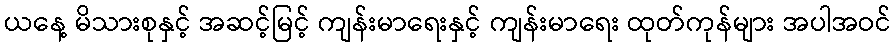
ယနေ့ မိသားစုနှင့် အဆင့်မြင့် ကျန်းမာရေးနှင့် ကျန်းမာရေး ထုတ်ကုန်များ အပါအဝင်